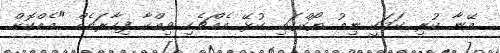
އޭނާ ކުރި ކަމަކީ ނިއު ޔޯކްގައި ކުޅޭ އެއްޗެހި ވިއްކާ ފިހާރައެއް "އެއްކޮށް